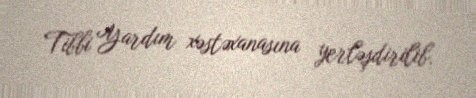
Tibbi Yardım xəstəxanasına yerləşdirilib.